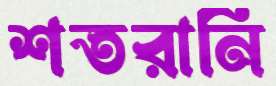
শতরানি